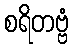
စရိတဗ္ဗံ